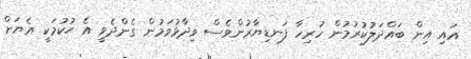
އައި އިން ބައްދަލުކުރުމުން ހުރިހާ ފަނޑިޔާރުންވެސް ވިދާޅުވަމުން ގެންދެވީ އެ ޙުކުމަކީ އެޔަށް